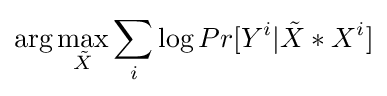
\arg \max _{\tilde {X}}\sum _{i}\log Pr[Y^{i}|{\tilde {X}}\ast X^{i}]